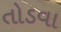
તોડવા